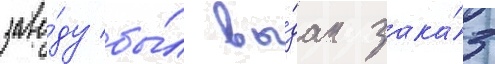
заво́ду бы́л вы́дан зака́з